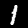
Digit: 1